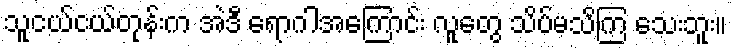
သူငယ်ငယ်တုန်းက အဲဒီ ရောဂါအကြောင်း လူတွေ သိပ်မသိကြ သေးဘူး။